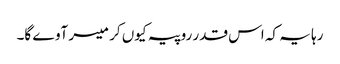
رہا یہ کہ اس قدر روپیہ کیوں کر میسر آوے گا۔